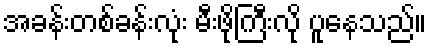
အခန်းတစ်ခန်းလုံး မီးဖိုကြီးလို ပူနေသည်။